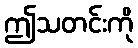
ဤသတင်းကို